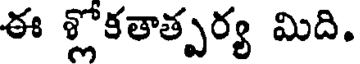
ఈ శ్లోకతాత్పర్య మిది.